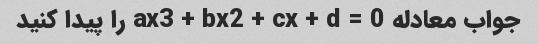
جواب معادله ax3 + bx2 + cx + d = 0 را پیدا کنید